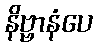
နိဗ္ဗာနံပေ